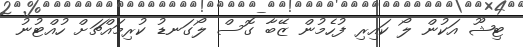
ޓިޝޫ އަކުން ލޯ ކައިރި ފުހެމުން ޒޭބާ ގޮސް ލޯގަނޑު ކުރިމައްޗަށް ހުއްޓުނު